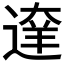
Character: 𨔶